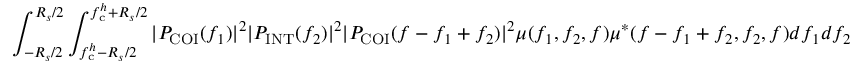
\int _ { - R _ { s } / 2 } ^ { R _ { s } / 2 } \int _ { f _ { \mathrm { c } } ^ { h } - R _ { s } / 2 } ^ { f _ { \mathrm { c } } ^ { h } + R _ { s } / 2 } | P _ { \mathrm { C O I } } ( f _ { 1 } ) | ^ { 2 } | P _ { \mathrm { I N T } } ( f _ { 2 } ) | ^ { 2 } | P _ { \mathrm { C O I } } ( f - f _ { 1 } + f _ { 2 } ) | ^ { 2 } \mu ( f _ { 1 } , f _ { 2 } , f ) \mu ^ { * } ( f - f _ { 1 } + f _ { 2 } , f _ { 2 } , f ) d f _ { 1 } d f _ { 2 }